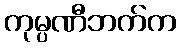
ကုမ္ပဏီဘက်က